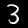
Label: 3